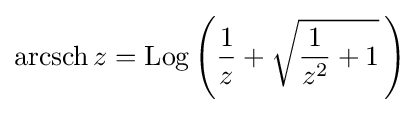
\operatorname {arcsch} z=\operatorname {Log} \left({\frac {1}{z}}+{\sqrt {{\frac {1}{z^{2}}}+1}}\,\right)